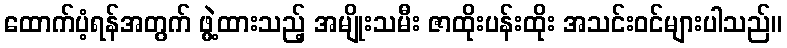
ထောက်ပံ့ရန်အတွက် ဖွဲ့ထားသည့် အမျိုးသမီး ဇာထိုးပန်းထိုး အသင်းဝင်များပါသည်။